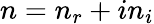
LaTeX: n=n_{r}+in_{i}